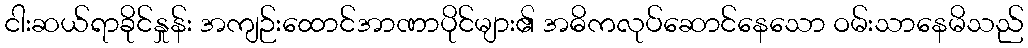
ငါးဆယ်ရာခိုင်နှုန်း အကျဉ်းထောင်အာဏာပိုင်များ၏ အဓိကလုပ်ဆောင်နေသော ဝမ်းသာနေမိသည်